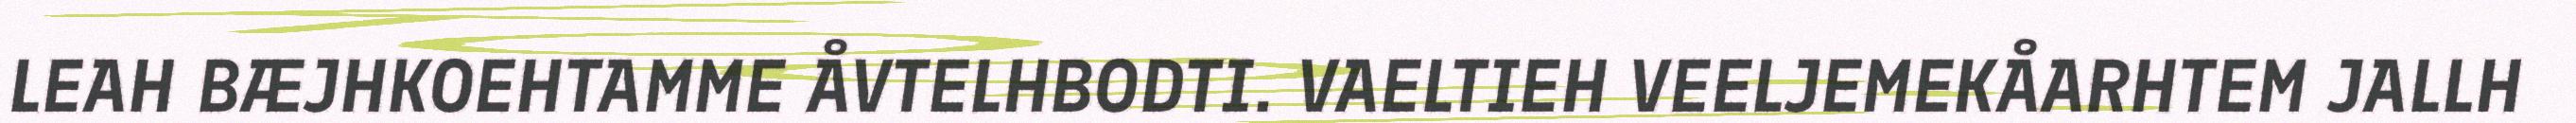
LEAH BÆJHKOEHTAMME ÅVTELHBODTI. VAELTIEH VEELJEMEKÅARHTEM JALLH